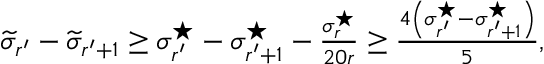
\begin{array} { r } { \widetilde { \sigma } _ { r ^ { \prime } } - \widetilde { \sigma } _ { r ^ { \prime } + 1 } \geq \sigma _ { r ^ { \prime } } ^ { \star } - \sigma _ { r ^ { \prime } + 1 } ^ { \star } - \frac { \sigma _ { r } ^ { \star } } { 2 0 r } \geq \frac { 4 \left( \sigma _ { r ^ { \prime } } ^ { \star } - \sigma _ { r ^ { \prime } + 1 } ^ { \star } \right) } { 5 } , } \end{array}